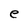
Character: e